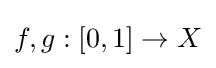
f,g:[0,1]\to X